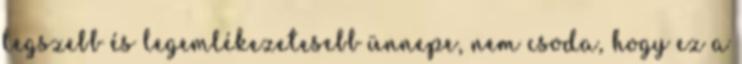
legszebb és legemlékezetesebb ünnepe, nem csoda, hogy ez a